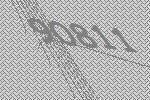
90811